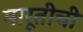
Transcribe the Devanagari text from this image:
मारूतीची